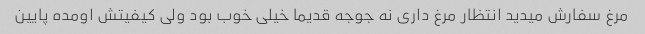
مرغ سفارش میدید انتظار مرغ داری نه جوجه قدیما خیلی خوب بود ولی کیفیتش اومده پایین